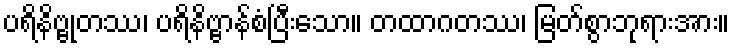
ပရိနိဗ္ဗုတဿ၊ ပရိနိဗ္ဗာန်စံပြီးသော။ တထာဂတဿ၊ မြတ်စွာဘုရားအား။